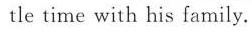
- tle time with his family.